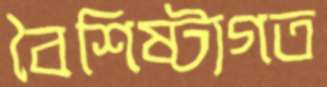
বৈশিষ্ট্যগত